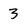
Character: 3